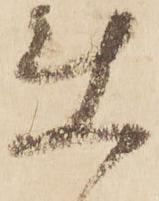
使